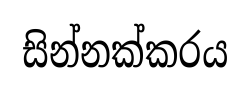
සින්නක්කරය